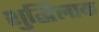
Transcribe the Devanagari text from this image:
शुद्धिलाक